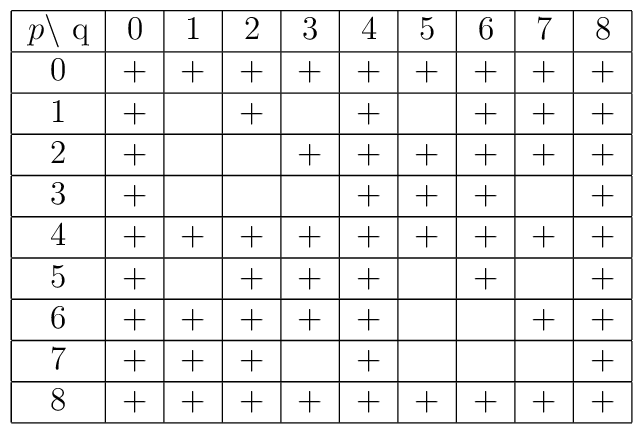
\begin{tabular}{|c|c|c|c|c|c|c|c|c|c|}\hline$p\setminus$ q&0&1&2&3&4&5&6&7&8\\\hline0&+&+&+&+&+&+&+&+&+\\\hline1&+&&+&&+&&+&+&+\\\hline2&+&&&+&+&+&+&+&+\\\hline3&+&&&&+&+&+&&+\\\hline4&+&+&+&+&+&+&+&+&+\\\hline5&+&&+&+&+&&+&&+\\\hline6&+&+&+&+&+&&&+&+\\\hline7&+&+&+&&+&&&&+\\\hline8&+&+&+&+&+&+&+&+&+\\\hline  \end{tabular}